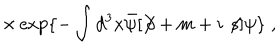
\times \exp \{ - \int d ^ { 3 } x { \bar { \psi } } [ \not \! \partial + m + i \not \! s ] \psi \} \; ,